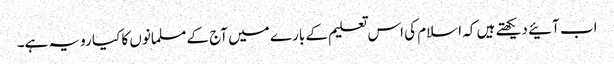
اب آئیے دیکھتے ہیں کہ اسلام کی اس تعلیم کے بارے میں آج کے مسلمانوں کا کیا رویہ ہے۔